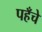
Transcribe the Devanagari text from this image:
पहँचे